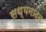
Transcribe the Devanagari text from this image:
सथ्यनादन